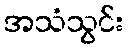
အသံသွင်း